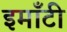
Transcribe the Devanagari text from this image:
इमाँटी